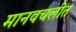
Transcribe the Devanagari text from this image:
मानवचलीत